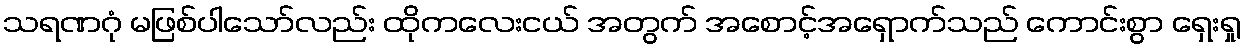
သရဏဂုံ မဖြစ်ပါသော်လည်း ထိုကလေးငယ် အတွက် အစောင့်အရှောက်သည် ကောင်းစွာ ရှေးရှု